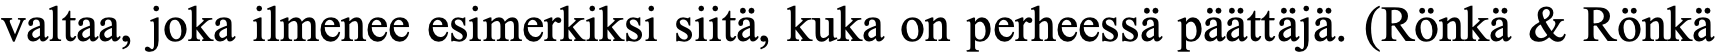
valtaa, joka ilmenee esimerkiksi siitä, kuka on perheessä päättäjä. (Rönkä & Rönkä